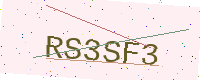
Text: RS3SF3